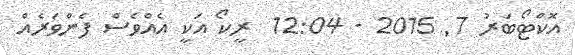
އޮކްޓޯބަރު 7